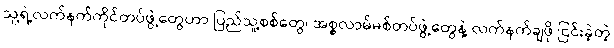
သူ့ရဲ့လက်နက်ကိုင်တပ်ဖွဲ့တွေဟာ ပြည်သူ့စစ်တွေ၊ အစ္စလာမ်မစ်တပ်ဖွဲ့တွေနဲ့ လက်နက်ချဖို ငြင်းခဲ့တဲ့